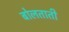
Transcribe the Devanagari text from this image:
बोलताती